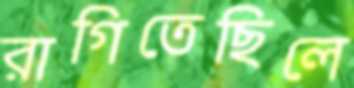
রাগিতেছিলে